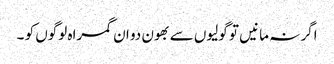
اگر نہ مانیں تو گولیوں سے بھون دو ان گمراہ لوگوں کو ۔